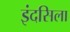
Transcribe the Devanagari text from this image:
इंदसिला